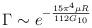
LaTeX: \begin{align*}\Gamma \sim e^{-\frac{15\pi ^{4}\mu R}{112G_{10}}}\end{align*}